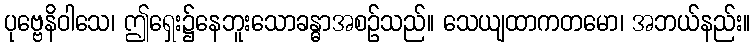
ပုဗ္ဗေနိဝါသေ၊ ဤရှေး၌နေဘူးသောခန္ဓာအစဉ်သည်။ သေယျထာကတမော၊ အဘယ်နည်း။